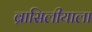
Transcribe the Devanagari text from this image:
ब्रासिलीयाला